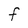
Character: F